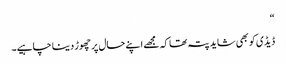
“
ڈیڈی کو بھی شاید پتہ تھا کہ مجھے اپنے حال پر چھوڑ دینا چاہیے۔